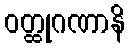
ဝတ္ထုဂဏာနိ